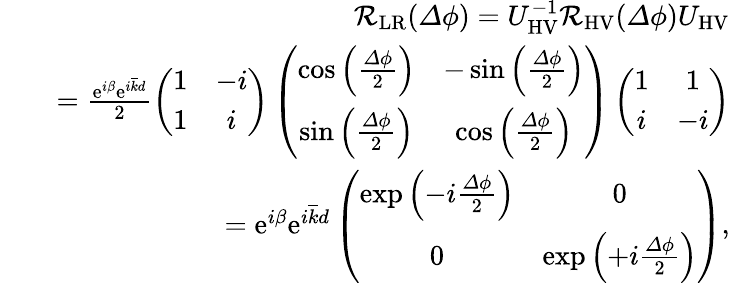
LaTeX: \begin{array}{rlr}&{}&{\mathcal{R}_{\mathrm{LR}}({\mathit\Delta\phi})=U_{\mathrm{HV}}^{-1}\mathcal{R}_{\mathrm{HV}}({\mathit\Delta\phi})U_{\mathrm{HV}}}\\ &{}&{=\frac{\mathrm{e}^{i\beta}\mathrm{e}^{i\overline{{k}}d}}{2}\left(\begin{array}{cc}{1}&{-i}\\ {1}&{i}\end{array}\right)\left(\begin{array}{cc}{\cos\left(\frac{{\mathit\Delta\phi}}{2}\right)}&{-\sin\left(\frac{{\mathit\Delta\phi}}{2}\right)}\\ {\sin\left(\frac{{\mathit\Delta\phi}}{2}\right)}&{\cos\left(\frac{{\mathit\Delta\phi}}{2}\right)}\end{array}\right)\left(\begin{array}{cc}{1}&{1}\\ {i}&{-i}\end{array}\right)}\\ &{}&{=\mathrm{e}^{i\beta}\mathrm{e}^{i\overline{{k}}d}\left(\begin{array}{cc}{\exp\left(-i\frac{{\mathit\Delta\phi}}{2}\right)}&{0}\\ {0}&{\exp\left(+i\frac{{\mathit\Delta\phi}}{2}\right)}\end{array}\right),}\end{array}